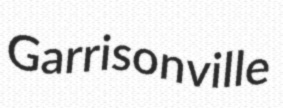
Garrisonville